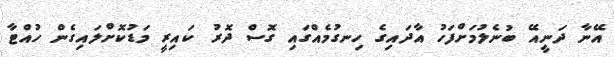
އޭނާ ދަނީއޭ ބުނެލުމަށްފަހު އާދައިގެ ހިނގުމެއްގައި ގޮސް ދޮރު ކައިރީ މަޑުކޮށްލައިގެން ހުއްޓާ